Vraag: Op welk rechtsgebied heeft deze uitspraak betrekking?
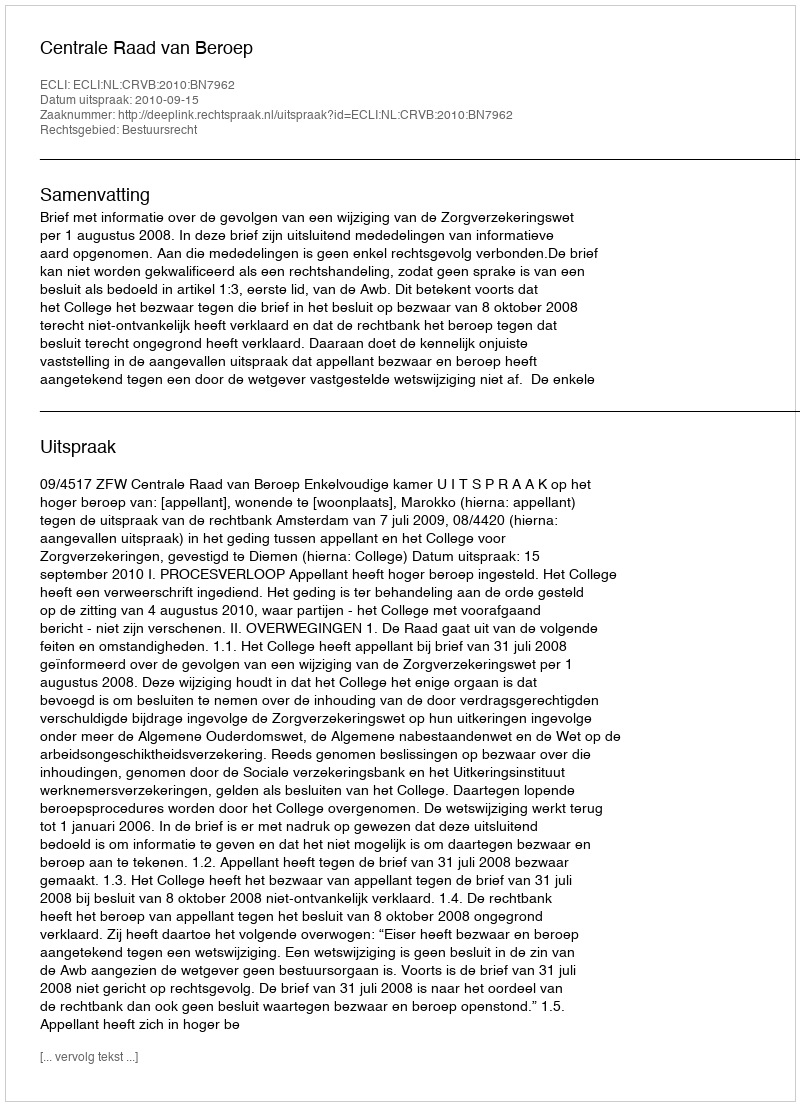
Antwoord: Bestuursrecht